Elephants and their diseases
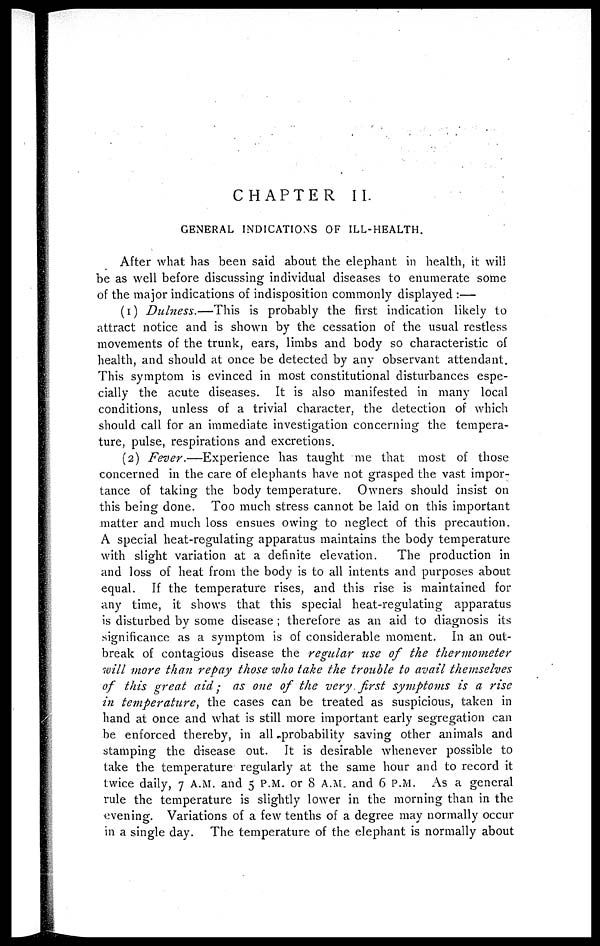
CHAPTER II.
GENERAL INDICATIONS OF ILL-HEALTH.
After what has been said about the elephant in health, it will
be as well before discussing individual diseases to enumerate some
of the major indications of indisposition commonly displayed :—
(1) Dulness.—This
is probably the first indication likely to
attract notice and is shown by the cessation of the usual restless
movements of the trunk, ears, limbs and body so characteristic of
health, and should at once be detected by any observant attendant.
This symptom is evinced in most constitutional disturbances espe-
cially the acute diseases. It is also manifested in many local
conditions, unless of a trivial character, the detection of which
should call for an immediate investigation concerning the tempera-
ture, pulse, respirations and excretions.
(2) Fever.—Experience
has taught me that most of those
concerned in the care of elephants have not grasped the vast impor-
tance of taking the body temperature. Owners should insist on
this being done. Too much stress cannot be laid on this important
matter and much loss ensues owing to neglect of this precaution.
A special heat-regulating apparatus maintains the body temperature
with slight variation at a definite elevation.
The production in
and loss of heat from the body is to all intents and purposes about
equal. If the temperature rises, and this rise is maintained for
any time, it shows that this special heat-regulating apparatus
is disturbed by some disease ; therefore as an aid to diagnosis its
significance as a symptom is of considerable moment. In an out-
break of contagious disease the regular use of the thermometer
will more than repay those who take the trouble to avail themselves
of this great aid; as one of the very first symptoms is a rise
in temperature, the cases can be treated as suspicious, taken in
hand at once and what is still more important early segregation can
be enforced thereby, in all probability saving other animals and
stamping the disease out. It is desirable whenever possible to
take the temperature regularly at the same hour and to record it
twice daily, 7 A.M. and 5 P.M. or 8 A.M. and 6 P.M. As a general
rule the temperature is slightly lower in the morning than in the
evening. Variations of a few tenths of a degree may normally occur
in a single day. The temperature of the elephant is normally about